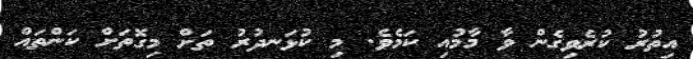
އިތުރު ކުރެވިގެން ވާ މާމުއި ކަމެވެ. މި ކުޅަނދުރު ތަށް މިގޮތަށް ކަންތައް